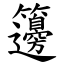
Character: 籩